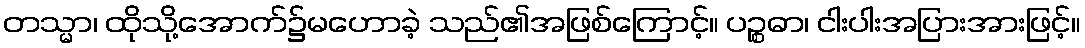
တသ္မာ၊ ထိုသို့အောက်၌မဟောခဲ့ သည်၏အဖြစ်ကြောင့်။ ပဉ္စဓာ၊ ငါးပါးအပြားအားဖြင့်။